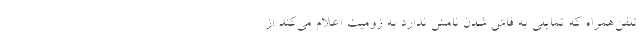
تلفن‌همراه که تمایلی به فاش شدن نامش ندارد به زومیت اعلام می‌کند از